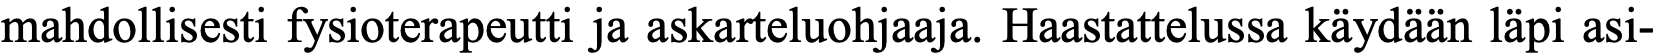
mahdollisesti fysioterapeutti ja askarteluohjaaja. Haastattelussa käydään läpi asi-